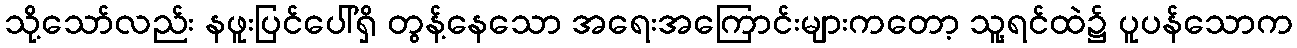
သို့သော်လည်း နဖူးပြင်ပေါ်ရှိ တွန့်နေသော အရေးအကြောင်းများကတော့ သူ့ရင်ထဲ၌ ပူပန်သောက